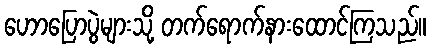
ဟောပြောပွဲများသို့ တက်ရောက်နားထောင်ကြသည်။